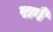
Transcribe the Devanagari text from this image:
रागे